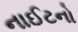
નાઈટનો